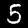
Digit: 5